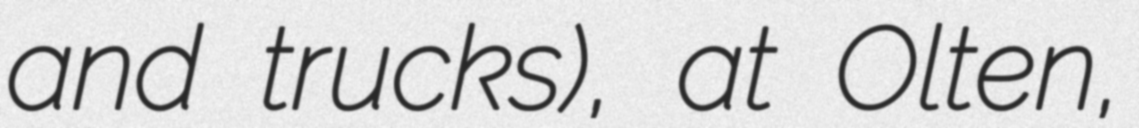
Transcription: and trucks), at Olten,